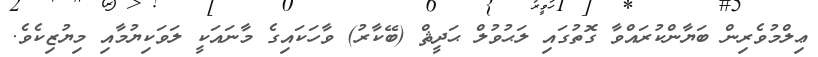
ޢިލްމުވެރިން ބަޔާންކުރައްވާ ގޮތުގައި ލަޙުވުލް ޙަދީޘް (ބޭކާރު) ވާހަކައިގެ މާނައަކީ ލަވަކިޔުމާއި މިޔުޒިކެވެ.